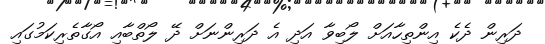
ދަރިން ދެކެ އިންތިހާއަށް ލޯބިވާ އަދި އެ ދަރިންނަށް ދޭ ލޯތްބާއި އޯގާތެރިކަމުގައި